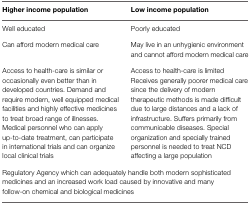
<table><thead><tr><td><b>Higher income population</b></td><td><b>Low income population</b></td></tr></thead><tbody><tr><td>Well educated</td><td>Poorly educated</td></tr><tr><td>Can afford modern medical care</td><td>May live in an unhygienic environment and cannot afford modern medical care</td></tr><tr><td>Access to health-care is similar or occasionally even better than in developed countries. Demand and require modern, well equipped medical facilities and highly effective medicines to treat broad range of illnesses. Medical personnel who can apply up-to-date treatment, can participate in international trials and can organize local clinical trials</td><td>Access to health-care is limited Receives generally poorer medical care since the delivery of modern therapeutic methods is made difficult due to large distances and a lack of infrastructure. Suffers primarily from communicable diseases. Special organization and specially trained personnel is needed to treat NCD affecting a large population</td></tr><tr><td colspan="2">Regulatory Agency which can adequately handle both modern sophisticated medicines and an increased work load caused by innovative and many follow-on chemical and biological medicines</td></tr></tbody></table>